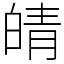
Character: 皘